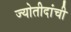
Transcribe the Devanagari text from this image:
ज्योतीदांची